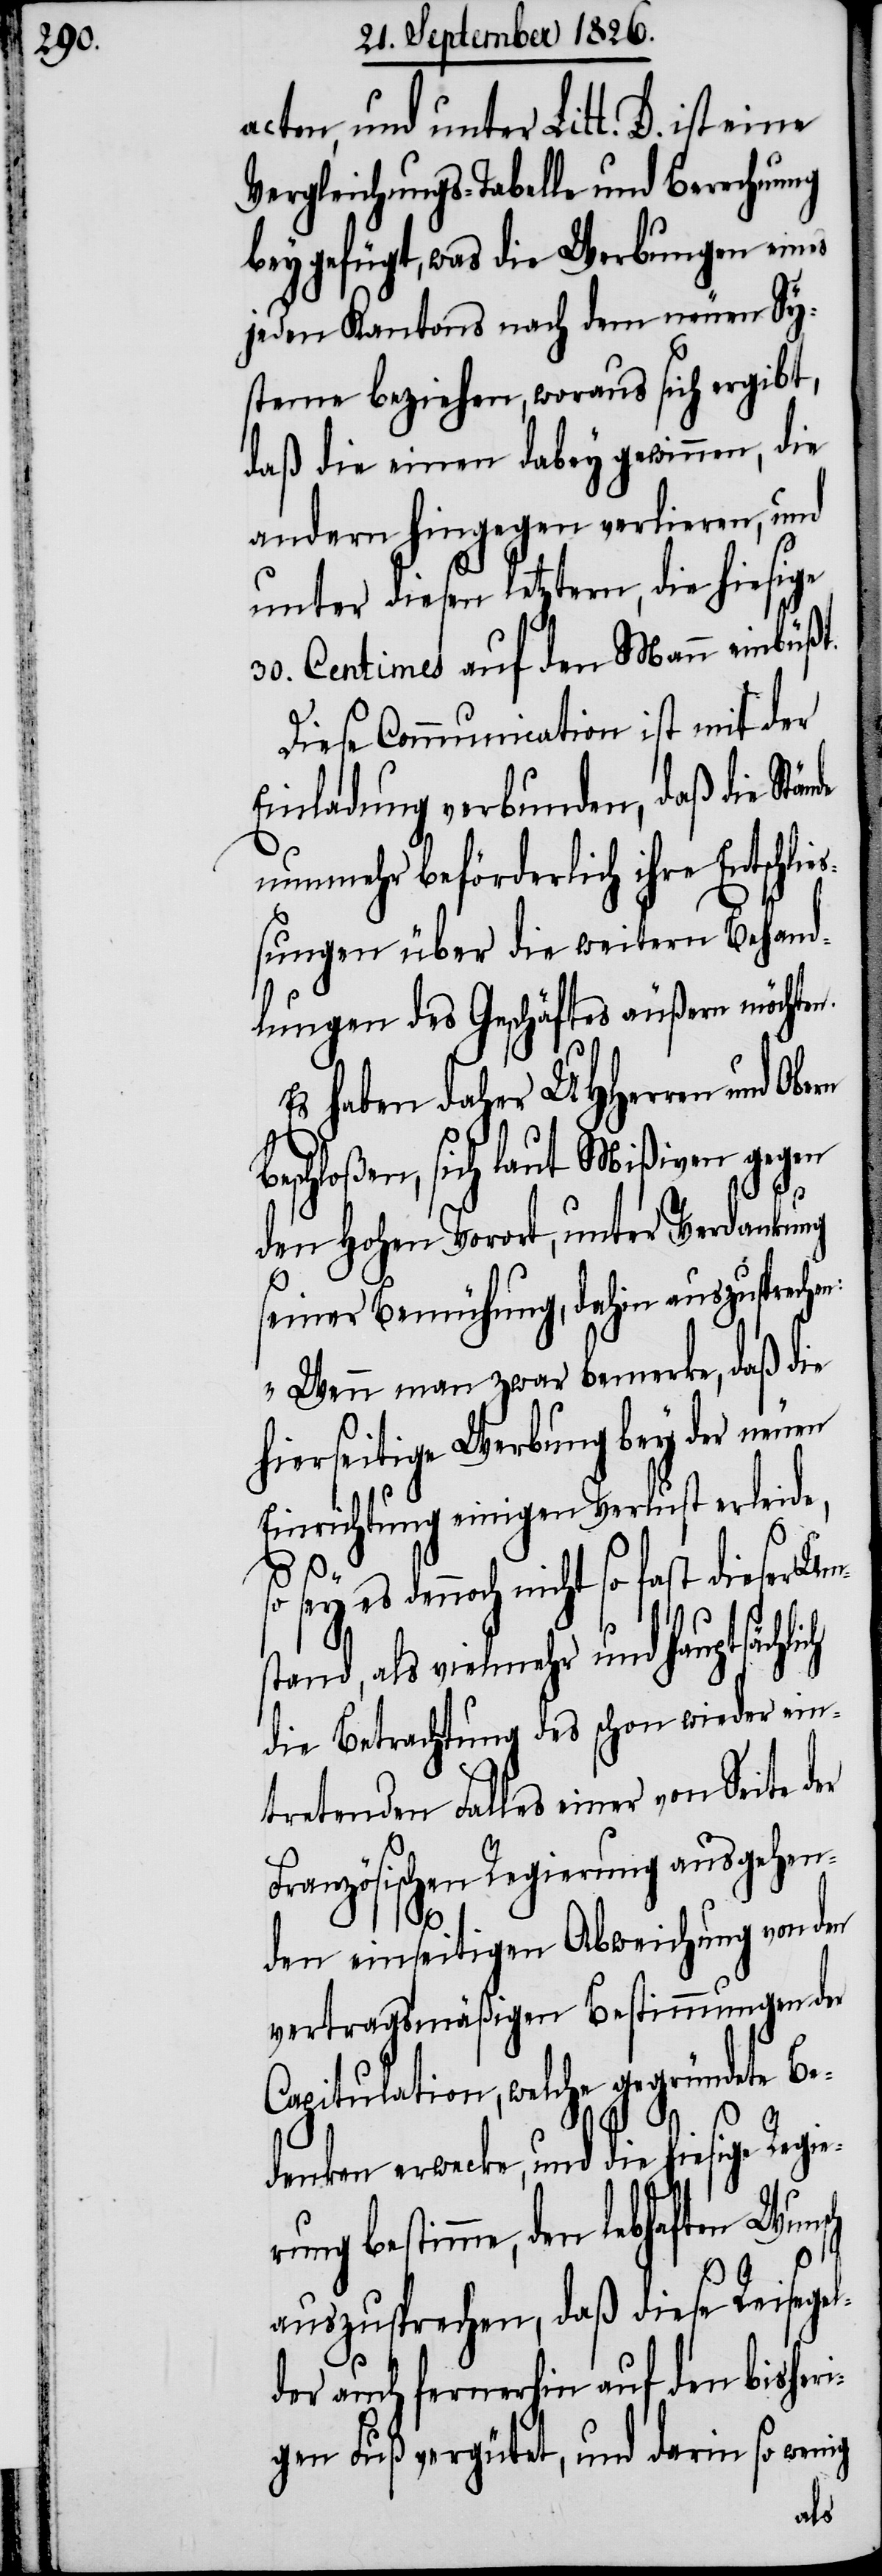
acten, und unter Litt. D. ist eine
Vergleichungs-Tabelle und Berechnung
beygefügt, was die Werbungen eines
jeden Kantons nach dem neuen Sy¬
steme beziehen, woraus sich ergibt,
daß die einen dabey gewinnen, die
andern hingegen verlieren, und
unter diesen letztern, die hiesige
30. Centimes auf den Mann einbüßt.
Diese Communication ist mit der
Einladung verbunden, daß die Stä¬
nunmehr beförderlich ihre Entschlie¬
ßungen über die weitern Behand¬
lungen des Geschäftes äußern möchten.
Es haben daher MHHerren und
beschloßen, sich laut Mißiven gegen
den hohen Vorort, unter Verdankung
seiner Bemühung, dahin auszuspreche¬
„Wenn man zwar bemerke, daß die
hierseitige Werbung bey der neuen
Einrichtung einigen Verlust erleide,
e¬
so sey es dennoch nicht so fast dieser Um¬
stand, als vielmehr und hauptsächlich
die Betrachtung des schon wieder ein¬
tretenden Falles einer von Seite
Französischen Regierung ausgehen¬
den einseitigen Abweichung von den
vertragsmäßigen Bestimmungen der
Capitulation, welche gegründete Be¬
denken erwecke, und die hiesige Regi¬
rung bestimme, den lebhaften Wuns¬
ch
auszusprechen, daß diese Reisegel¬
der auch fernerhin auf den bisheri¬
gen Fuß vergütet, und darin so wenig
nde